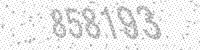
Solution: 858183